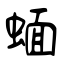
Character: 蝒